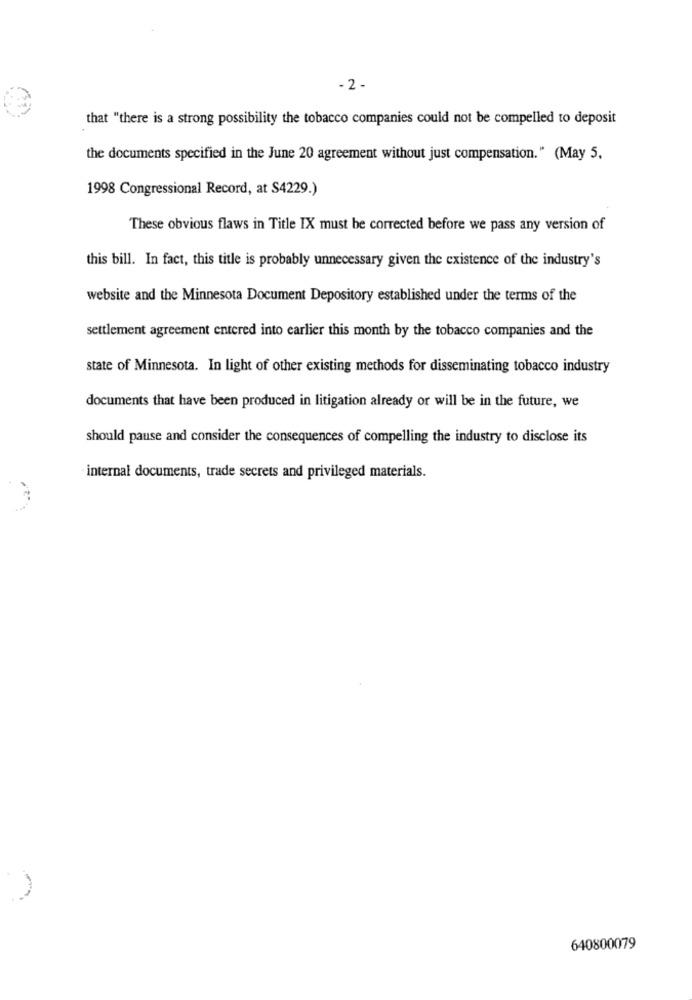
- 2 -
that "there is a strong possibility the tobacco companies could not be compelled to deposit
the documents specified in the June 20 agreement without just compensation." (May 5,
1998 Congressional Record, at S4229.)
These obvious flaws in Title IX must be corrected before we pass any version of
this bill. In fact, this title is probably unnecessary given the existence of the industry's
website and the Minnesota Document Depository established under the terms of the
settlement agreement entered into earlier this month by the tobacco companies and the
state of Minnesota. In light of other existing methods for disseminating tobacco industry
documents that have been produced in litigation already or will be in the future, we
should pause and consider the consequences of compelling the industry to disclose its
internal documents, trade secrets and privileged materials.
640800079